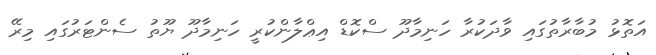
އަތޮޅު މުބާރާތުގައި ވާދަކުރާ ހަނިމާދޫ ސްކޮޑް އިޢްލާންކުރީ ހަނިމާދޫ ޔޫތު ސެންޓަރުގައި މިރޭ